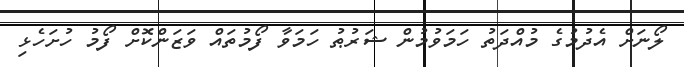
ލޯނަށް އެދުމުގެ މުއްދަތު ހަމަވުމުން ޝަރުޠު ހަމަވާ ފޯމުތައް ވަޒަންކޮށް ފޯމު ހުށަހެޅި